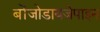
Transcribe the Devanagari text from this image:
बोंजोडायजेपाइन